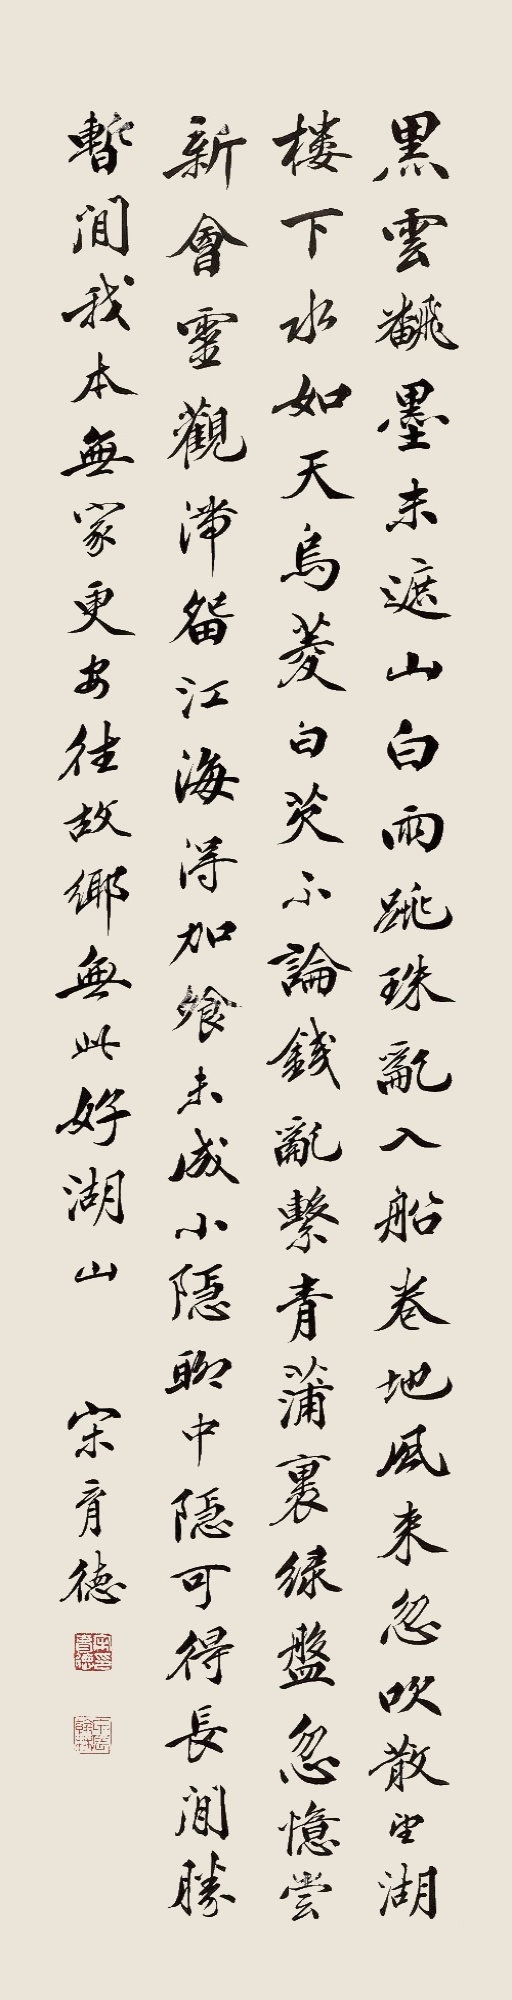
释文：黑云翻墨未遮山，白雨跳珠乱入船。卷地风来忽吹散，望湖楼下水如天。乌菱白芡不论钱，乱击青菰裹绿盘。忽忆尝新会灵观，滞留江海得加餐。未成小隐聊中隐，可得长闲胜暂闲。我本无家更安往，故乡无此好湖山。宋育德。宋育德印、甲辰翰林